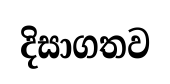
දිසාගතව